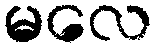
မလေ